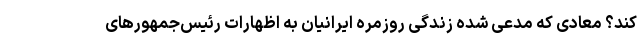
کند؟ معادی که مدعی شده زندگی روزمره ایرانیان به اظهارات رئیس‌جمهورهای